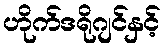
ဟိုက်ဒရိုဂျင်နှင့်